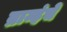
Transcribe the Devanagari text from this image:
ब्राम्हंचे